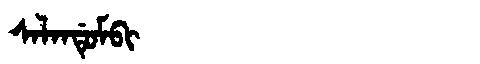
Manchu: ᠰᠠᠯᠠᠨᡩᡠᠮᠪᡳ
Romanization: SALANDUMBI